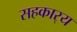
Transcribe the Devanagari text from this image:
सहकार्‍य